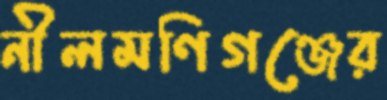
নীলমণিগঞ্জের